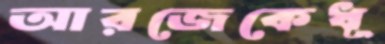
আরজেকেধূ